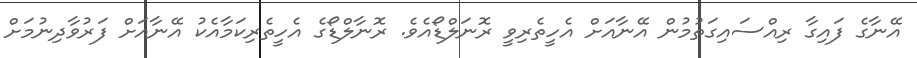
އޭނާގެ ފައިގާ ރިއްސައިގަތުމުން އޭނާއަށް އެހީތެރިވީ ރޮނަލްޑޯއެވެ. ރޮނާލްޑޯގެ އެހީތެރިކަމާއެކު އޭނާއަށް ފަރުވާދިނުމަށް